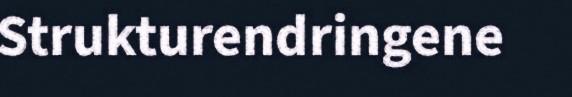
Strukturendringene